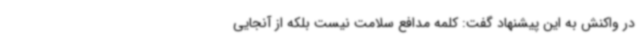
در واکنش به این پیشنهاد گفت: کلمه مدافع سلامت نیست بلکه از آنجایی